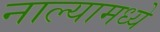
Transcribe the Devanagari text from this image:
नाल्यामध्ये